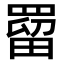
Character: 罶